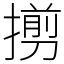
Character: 㨵